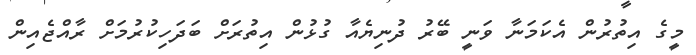
މީގެ އިތުރުން އެކަމަނާ ވަނީ ބޭރު ދުނިޔެއާ ގުޅުން އިތުރަށް ބަދަހިކުރުމަށް ރާއްޖެއިން